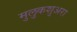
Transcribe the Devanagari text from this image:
मुलुकशुअरा